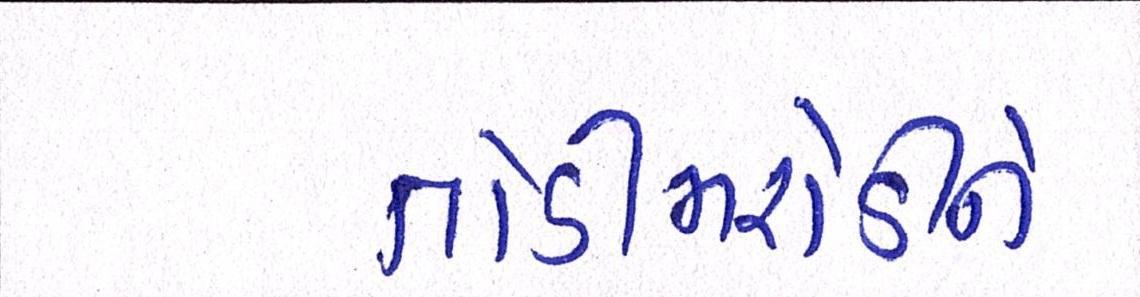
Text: તોડીમરોડીને